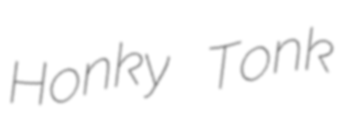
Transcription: Honky Tonk